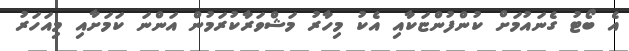
އެ ބޯޓު ގެނައުމަށް ކުންފުންޏަކާއި އެކު މިހާރު މަޝްވަރާކުރަމުން އަންނަ ކަމަށާއި މިއަހަރު